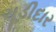
ચૂડીદાર